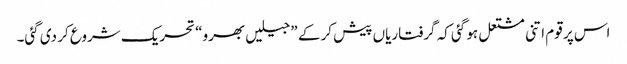
اس پر قوم اتنی مشتعل ہو گئی کہ گرفتاریاں پیش کر کے ”جیلیں بھرو“ تحریک شروع کر دی گئی۔